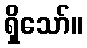
ရှိသော်။